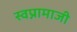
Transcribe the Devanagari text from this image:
स्वप्नामाजी